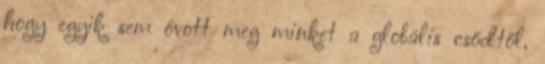
hogy egyik sem óvott meg minket a globális csődtől,